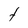
Character: t